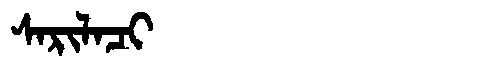
Manchu: ᠰᠠᡵᡳᠯᠠᠴᡳ
Romanization: SARILACI